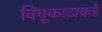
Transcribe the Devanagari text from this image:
विंचूकाटाकडे